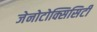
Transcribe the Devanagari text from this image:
जेनोटोक्सिसिटी